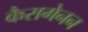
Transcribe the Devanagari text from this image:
कैरागेनन